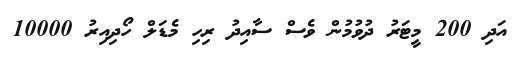
އަދި 200 މީޓަރު ދުވުމުން ވެސް ސާއިދު ރިހި މެޑަލް ހޯދިއިރު 10000